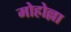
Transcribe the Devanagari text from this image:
मोहोल्ला